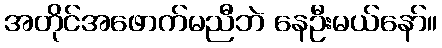
အတိုင်အဖောက်မညီဘဲ နေဦးမယ်နော်။